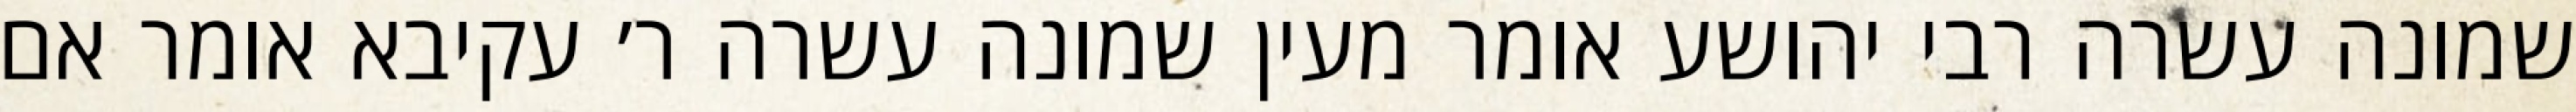
שמונה עשרה רבי יהושע אומר מעין שמונה עשרה ר׳ עקיבא אומר אם